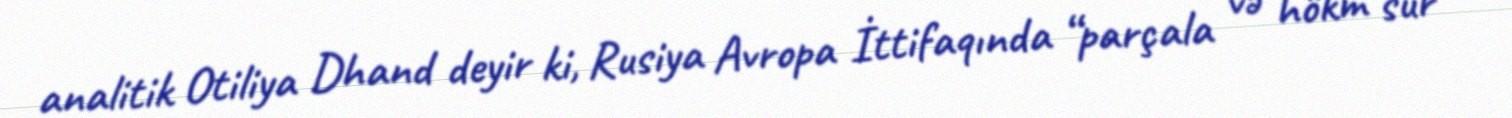
analitik Otiliya Dhand deyir ki, Rusiya Avropa İttifaqında “parçala və hökm sür”